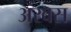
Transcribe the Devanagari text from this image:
अरबस